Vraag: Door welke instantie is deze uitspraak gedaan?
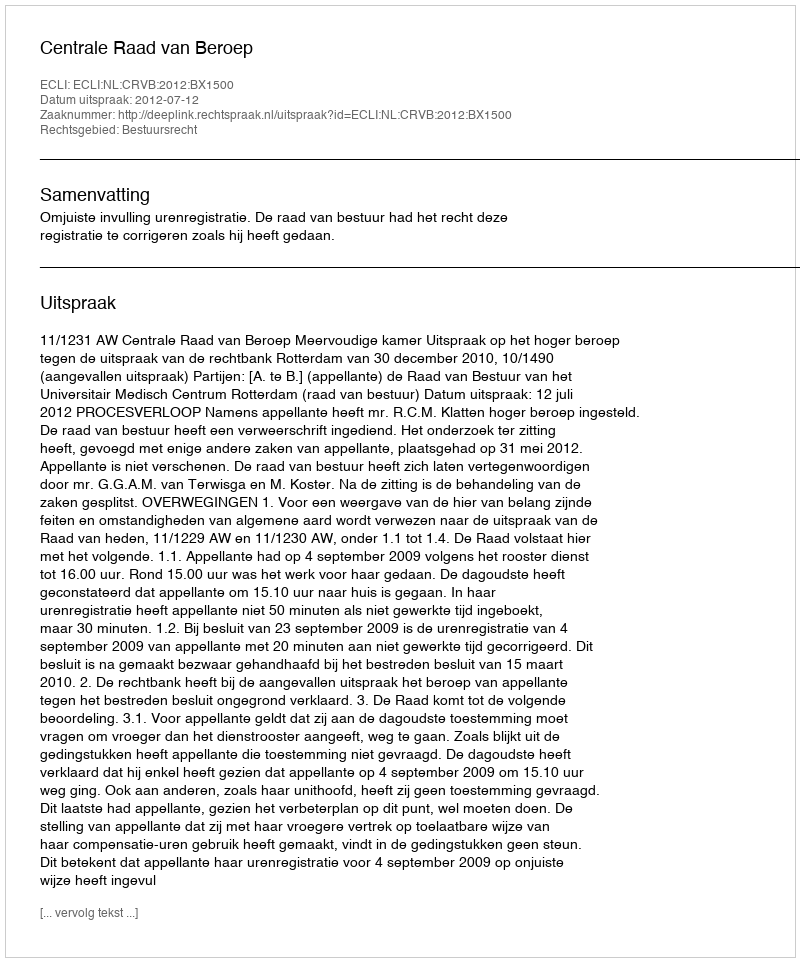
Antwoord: Centrale Raad van Beroep